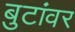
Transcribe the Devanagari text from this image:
बुटांवर